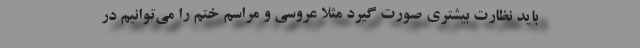
باید نظارت بیشتری صورت گیرد مثلا عروسی و مراسم ختم را می‌توانیم در